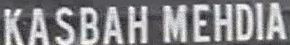
KASBAH MEHDIA